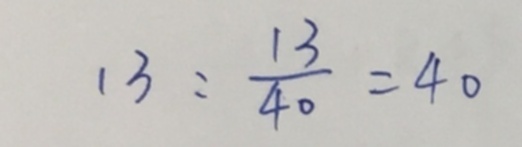
1 3 : \frac { 1 3 } { 4 0 } = 4 0